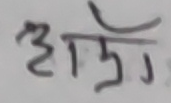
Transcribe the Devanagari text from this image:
अँधेरो